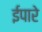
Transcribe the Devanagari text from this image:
ईपारे